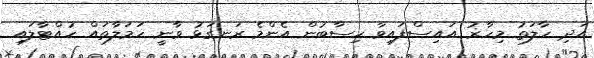
އަދި ހާލަތު މިހާޜު އައިސްފައިވާ ހިސާބުން އެންމެ ރަނގަޅު ވާނީ ހަމަލާތައް ހުއްޓާލައި